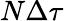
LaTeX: N\Delta\tau